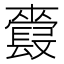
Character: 𲈢